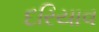
દરિયાવ